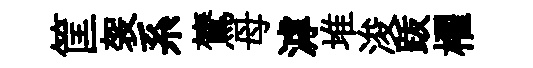
筐袈系鷟母滹堆浚䟦櫂